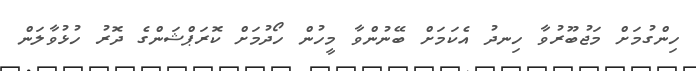
ހިންގުމަށް މަޖުބޫރުވާ ހިނދު އެކަމަށް ބޭނުންވާ މީހުން ހޯދުމަށް ކޮރަޕްޝަންގެ ދޮރު ހުޅުވާލަން